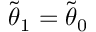
\tilde { { \boldsymbol { \theta } } } _ { 1 } = \tilde { { \boldsymbol { \theta } } } _ { 0 }